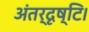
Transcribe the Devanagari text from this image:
अंतर्दृष्टि।